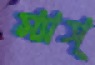
ম্যাস্